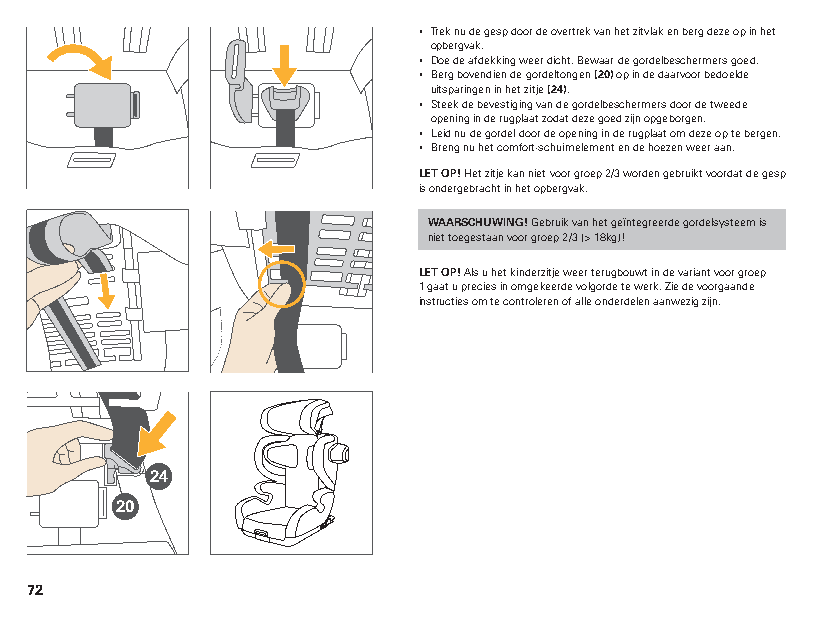
▪ Trek nu de gesp door de overtrek van het zitvlak en berg deze op in het
 opbergvak.
 ▪ Doe de afdekking weer dicht. Bewaar de gordelbeschermers goed.
 ▪ Berg bovendien de gordeltongen (20) op in de daarvoor bedoelde
 uitsparingen in het zitje (24).
 ▪ Steek de bevestiging van de gordelbeschermers door de tweede
 opening in de rugplaat zodat deze goed zijn opgeborgen.
 ▪ Leid nu de gordel door de opening in de rugplaat om deze op te bergen.
 ▪ Breng nu het comfort-schuimelement en de hoezen weer aan.
 LET OP! Het zitje kan niet voor groep 2/3 worden gebruikt voordat de gesp
 is ondergebracht in het opbergvak.
 WAARSCHUWING! Gebruik van het geïntegreerde gordelsysteem is
 niet toegestaan voor groep 2/3 (> 18kg)!
 LET OP! Als u het kinderzitje weer terugbouwt in de variant voor groep
 1 gaat u precies in omgekeerde volgorde te werk. Zie de voorgaande
 instructies om te controleren of alle onderdelen aanwezig zijn.
 24
 20
 72